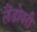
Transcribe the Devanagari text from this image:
लैंडोवरी